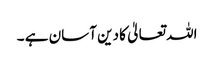
اللہ تعالیٰ کا دین آسان ہے ۔